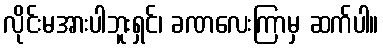
လိုင်းမအားပါဘူးရှင်၊ ခဏလေးကြာမှ ဆက်ပါ။